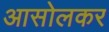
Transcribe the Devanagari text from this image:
आसोलकर